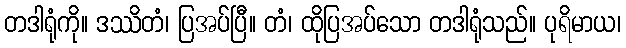
တဒါရုံကို။ ဒဿိတံ၊ ပြအပ်ပြီ။ တံ၊ ထိုပြအပ်သော တဒါရုံသည်။ ပုရိမာယ၊